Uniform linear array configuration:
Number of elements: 16
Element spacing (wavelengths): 0.25
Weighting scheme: blackman
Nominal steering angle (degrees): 60
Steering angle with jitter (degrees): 59.499
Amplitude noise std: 0.05
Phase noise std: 0.05

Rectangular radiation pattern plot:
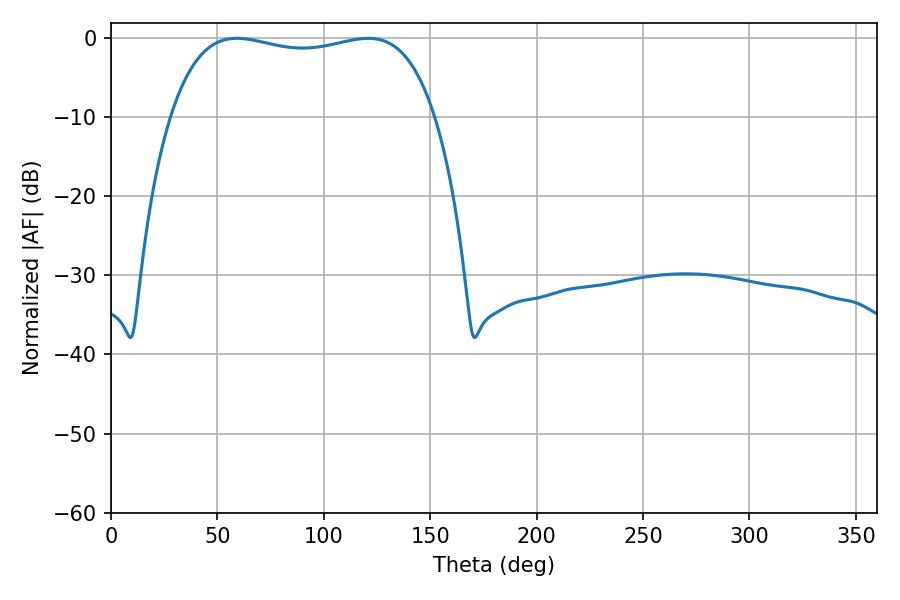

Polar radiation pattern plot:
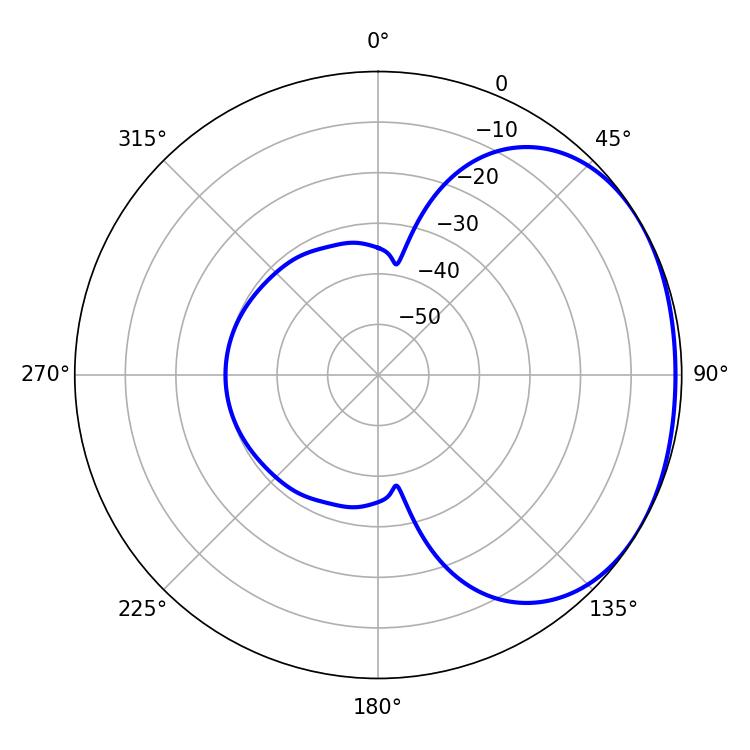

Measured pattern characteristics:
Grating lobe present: FALSE
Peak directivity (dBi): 1.596
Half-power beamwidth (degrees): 100.44
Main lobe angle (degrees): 120.96